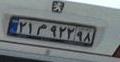
۲۱م۹۲۲۹۸